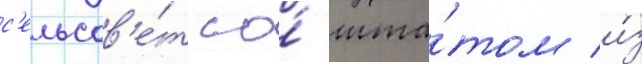
с'ельсов'е́т со́ шта́том и́з